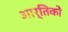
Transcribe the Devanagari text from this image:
आर्तिको